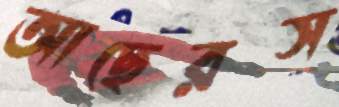
আছেরস